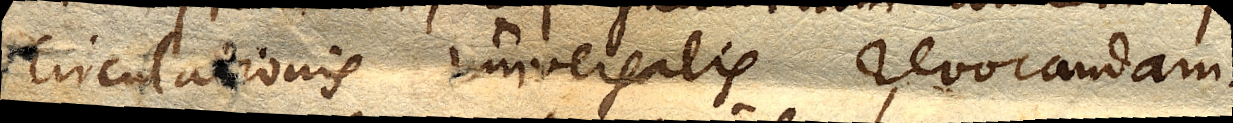
circulationis universalis revocandam.